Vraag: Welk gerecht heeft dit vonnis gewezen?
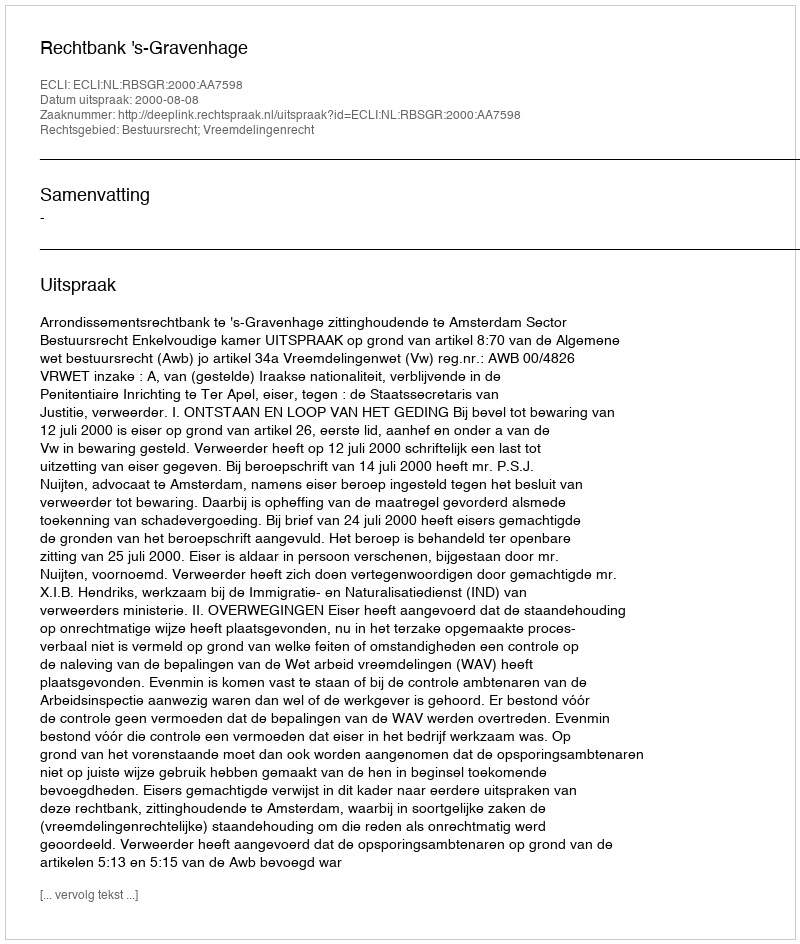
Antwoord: Rechtbank 's-Gravenhage